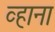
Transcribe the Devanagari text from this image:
व्हाना